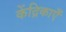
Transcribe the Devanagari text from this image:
केंद्रिकाएँ